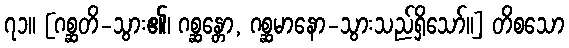
၇၁။ [ဂစ္ဆတိ-သွား၏၊ ဂစ္ဆန္တော, ဂစ္ဆမာနော-သွားသည်ရှိသော်။] တိစသော